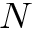
N